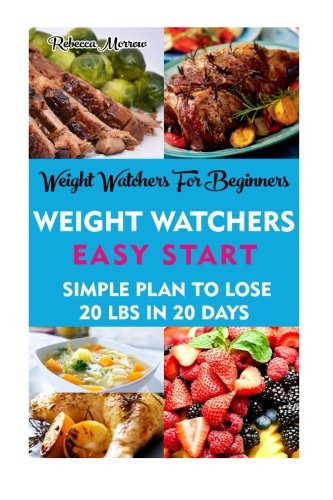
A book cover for Weight Watchers For Beginners: Weight Watchers Easy Start - Simple Plan To Lose 20 Lbs In 20 Days: (Weight Watchers, Weight Loss Motivation, Weight ... loss tips, weight watchers for beginners); Rebecca Morrow; Health, Fitness & Dieting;